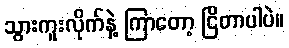
သွားကူးလိုက်နဲ့ ကြာတော့ ငြိတာပါပဲ။